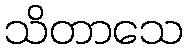
သိတာသေ